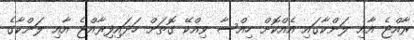
ރާއްޖެ އާއި ލަންކާގައި އެއްކޮށް ހިއްސާ ވިއްކޭ ގޮތަށް ހަދައިފިރާއްޖެ އާއި ލަންކާގެ